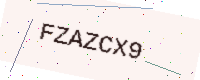
Text: FZAZCX9